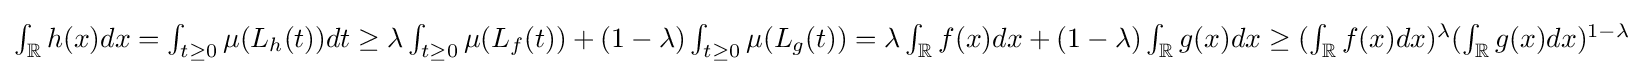
{\textstyle \int _{\mathbb {R} }h(x)dx=\int _{t\geq 0}\mu (L_{h}(t))dt\geq \lambda \int _{t\geq 0}\mu (L_{f}(t))+(1-\lambda )\int _{t\geq 0}\mu (L_{g}(t))=\lambda \int _{\mathbb {R} }f(x)dx+(1-\lambda )\int _{\mathbb {R} }g(x)dx\geq (\int _{\mathbb {R} }f(x)dx)^{\lambda }(\int _{\mathbb {R} }g(x)dx)^{1-\lambda }}